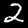
Label: 2